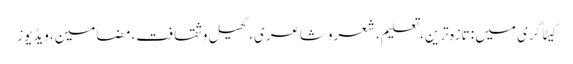
کیٹاگری میں : تازہ ترین، تعلیم، شعروشاعری، کھیل وثقافت، مضامین، ویڈیوز